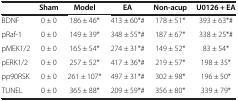
<table><thead><tr><td><b> </b></td><td><b>Sham</b></td><td><b>Model</b></td><td><b>EA</b></td><td><b>Non-acup</b></td><td><b>U0126 + EA</b></td></tr></thead><tbody><tr><td>BDNF</td><td>0 ± 0</td><td>186 ± 46*</td><td>413 ± 60*#</td><td>178 ± 51*</td><td>393 ± 63*#</td></tr><tr><td>pRaf-1</td><td>0 ± 0</td><td>149 ± 39*</td><td>348 ± 55*#</td><td>187 ± 67*</td><td>338 ± 25*#</td></tr><tr><td>pMEK1/2</td><td>0 ± 0</td><td>165 ± 54*</td><td>274 ± 31*#</td><td>149 ± 52*</td><td>83 ± 54*</td></tr><tr><td>pERK1/2</td><td>0 ± 0</td><td>257 ± 52*</td><td>417 ± 36*#</td><td>219 ± 57*</td><td>198 ± 35*</td></tr><tr><td>pp90RSK</td><td>0 ± 0</td><td>261 ± 107*</td><td>497 ± 31*#</td><td>302 ± 98*</td><td>196 ± 50*</td></tr><tr><td>TUNEL</td><td>0 ± 0</td><td>365 ± 88*</td><td>209 ± 59*#</td><td>356 ± 80*</td><td>339 ± 79*</td></tr></tbody></table>